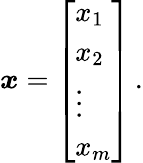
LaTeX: {\boldsymbol{x}}={\left[\begin{array}{l}{x_{1}}\\ {x_{2}}\\ {\vdots}\\ {x_{m}}\end{array}\right]}\, .